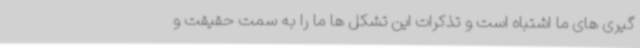
گیری های ما اشتباه است و تذکرات این تشکل ها ما را به سمت حقیقت و